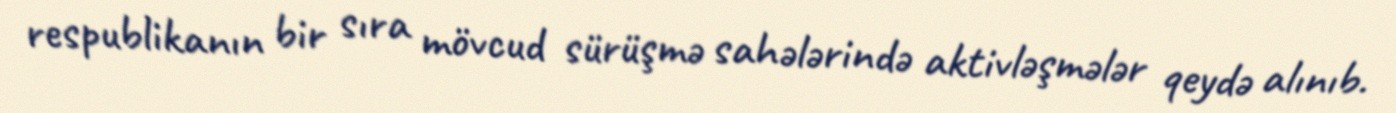
respublikanın bir sıra mövcud sürüşmə sahələrində aktivləşmələr qeydə alınıb.